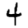
Digit: 4